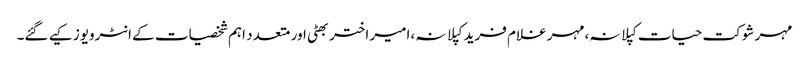
مہر شوکت حیات کپلانہ،مہر غلام فرید کپلانہ،امیر اختر بھٹی اور متعدد اہم شخصیات کے انٹرویوز کیے گئے۔